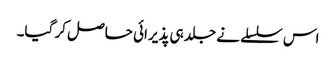
اس سلسلے نے جلد ہی پذیرائی حاصل کر گیا۔